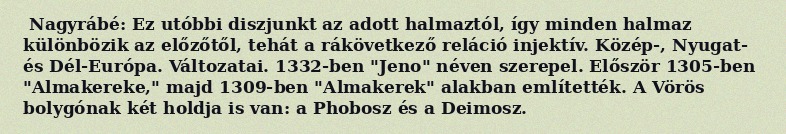
Nagyrábé: Ez utóbbi diszjunkt az adott halmaztól, így minden halmaz különbözik az előzőtől, tehát a rákövetkező reláció injektív. Közép-, Nyugat- és Dél-Európa. Változatai. 1332-ben "Jeno" néven szerepel. Először 1305-ben "Almakereke," majd 1309-ben "Almakerek" alakban említették. A Vörös bolygónak két holdja is van: a Phobosz és a Deimosz.